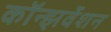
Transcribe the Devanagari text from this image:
कॉन्झर्वेशन